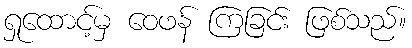
ရှုထောင့်မှ ဝေဖန် ကြခြင်း ဖြစ်သည်။